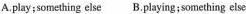
A.play;something else B.Playing;something else